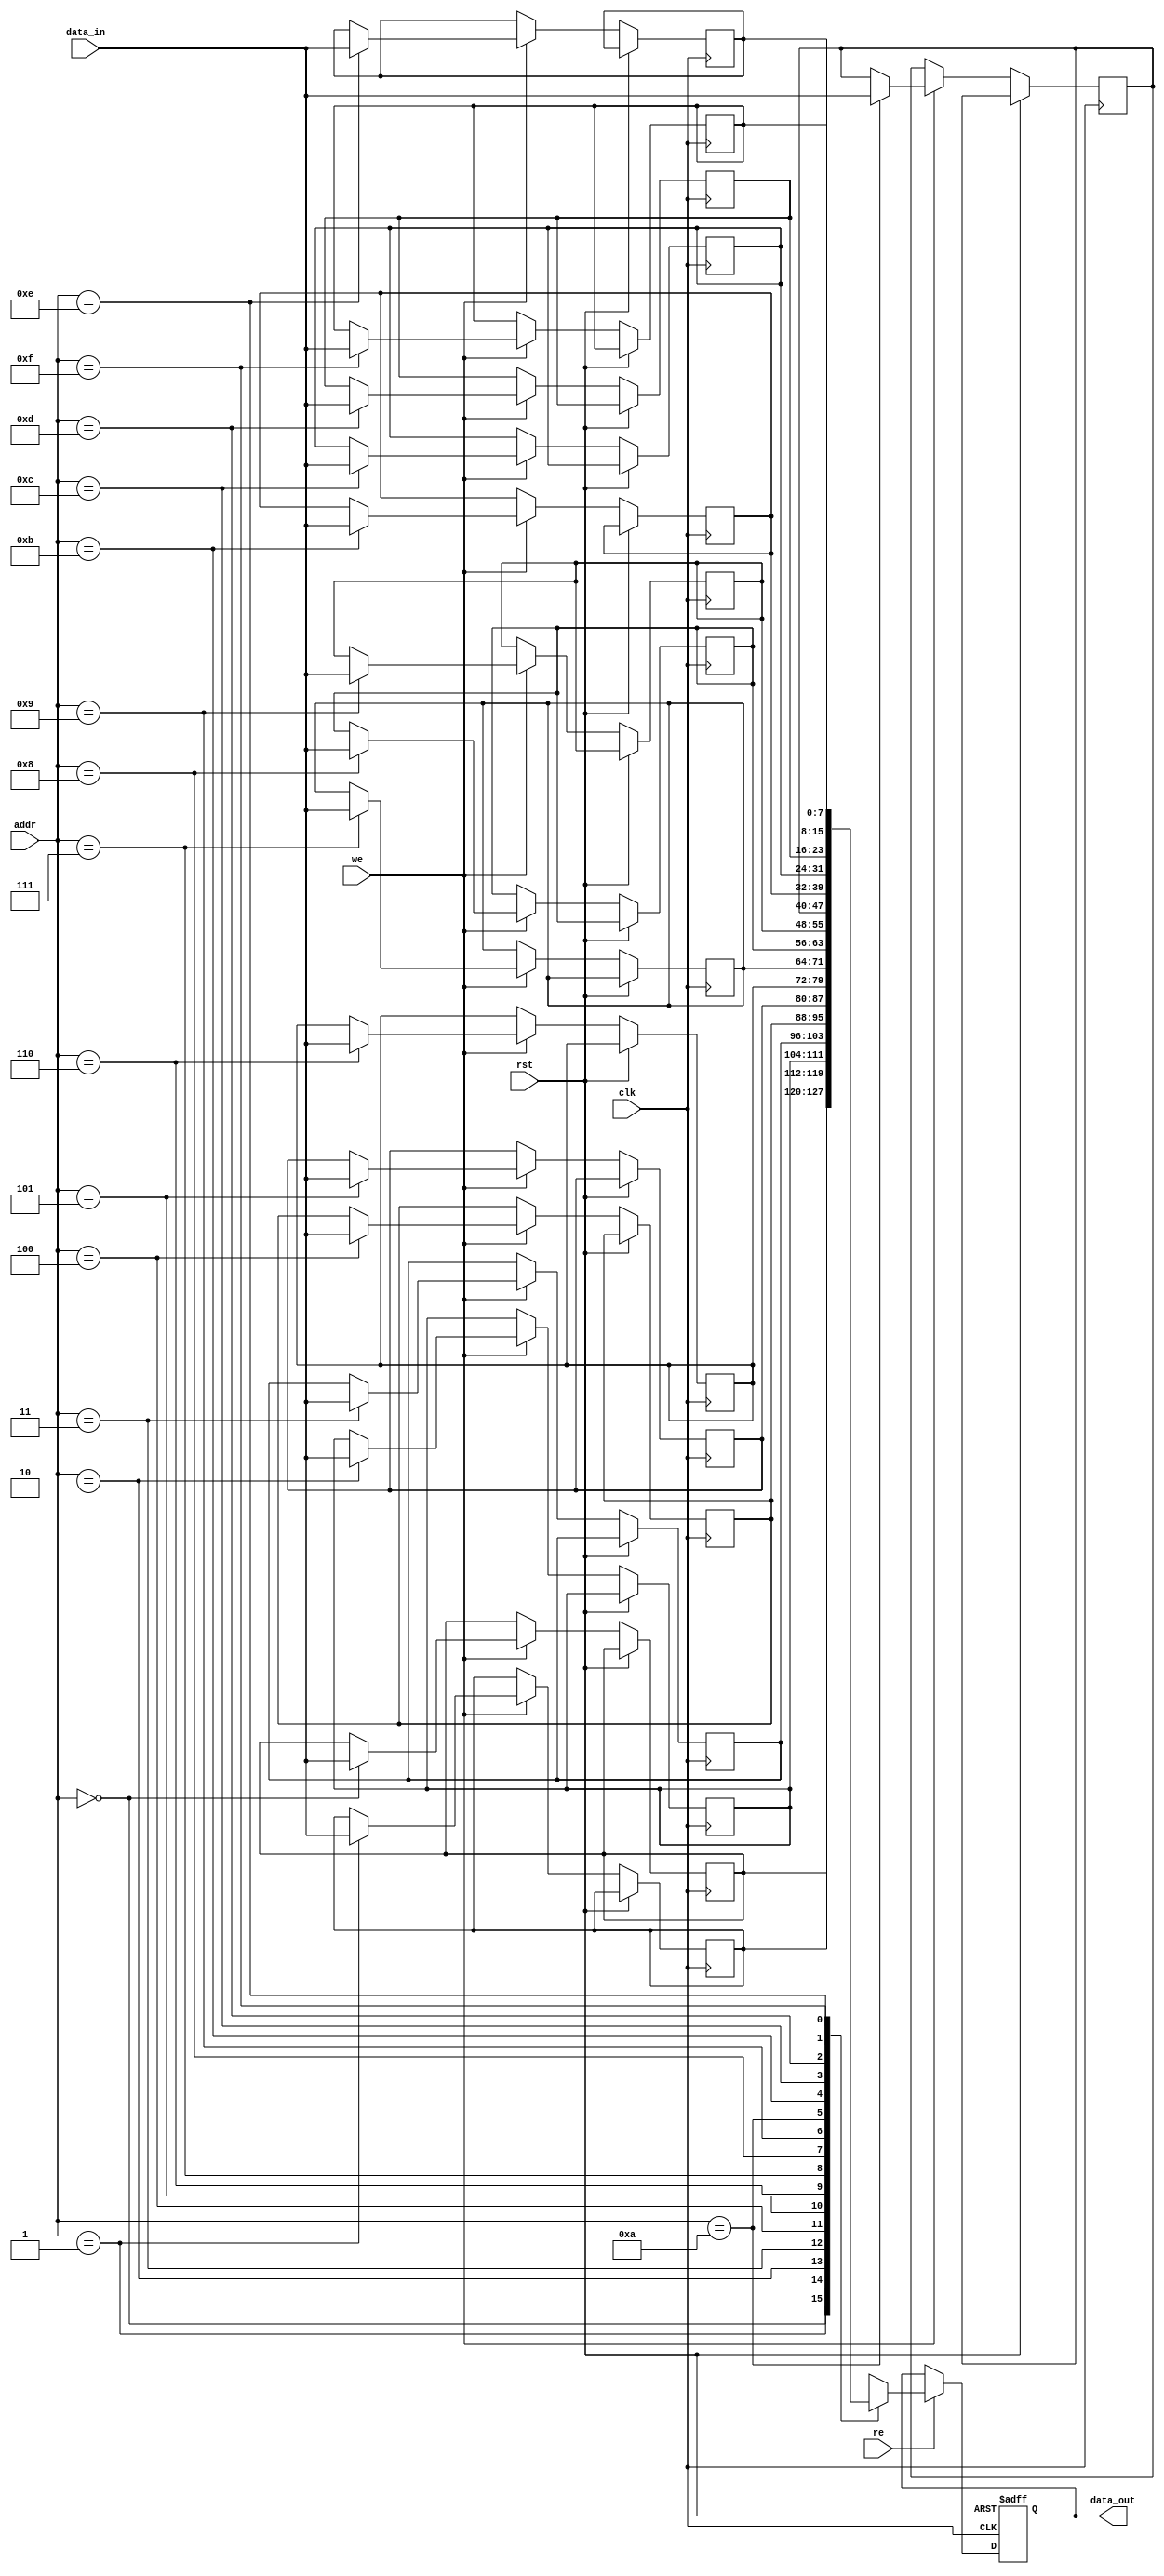
module IO_Block_Pipeline_SRAM #(
    parameter DATA_WIDTH = 8, // Width of the data bus
    parameter ADDR_WIDTH = 4,  // Width of the address bus
    parameter MEM_DEPTH = 16    // Depth of the memory (number of entries)
) (
    input wire clk,                // Clock signal
    input wire rst,                // Reset signal
    input wire [ADDR_WIDTH-1:0] addr, // Address input
    input wire [DATA_WIDTH-1:0] data_in, // Data input for write
    input wire we,                 // Write enable
    input wire re,                 // Read enable
    output reg [DATA_WIDTH-1:0] data_out // Data output for read
);

    // Memory Array
    reg [DATA_WIDTH-1:0] memory [0:MEM_DEPTH-1];

    // Pipeline registers
    reg [ADDR_WIDTH-1:0] addr_reg;
    reg [DATA_WIDTH-1:0] data_buf;
    reg read_valid;

    // Address Decoder
    wire [ADDR_WIDTH-1:0] selected_addr;

    // Control logic
    always @(posedge clk or posedge rst) begin
        if (rst) begin
            addr_reg <= 0;
            data_buf <= 0;
            read_valid <= 0;
            data_out <= 0;
        end else begin
            if (we) begin // Write Operation
                memory[addr] <= data_in;
                // Allow the next write operation to begin
            end

            if (re) begin // Read Operation
                addr_reg <= addr; // Store the address for the read operation
                data_out <= memory[addr]; // Read data
                read_valid <= 1; // Mark that the read is valid
            end else begin
                read_valid <= 0; // Reset valid flag if not reading
            end
        end
    end

endmodule